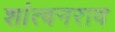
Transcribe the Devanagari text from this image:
शांत्वनराव